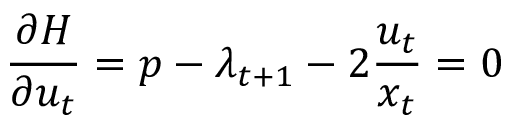
{ \frac { \partial H } { \partial u _ { t } } } = p - \lambda _ { t + 1 } - 2 { \frac { u _ { t } } { x _ { t } } } = 0